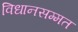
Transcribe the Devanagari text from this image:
विधानसम्मत